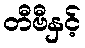
တီဗီနှင့်